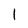
Character: 1